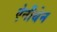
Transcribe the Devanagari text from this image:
ऐनीथेन